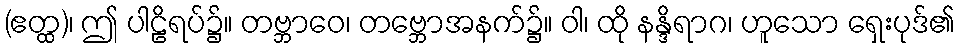
(ဧတ္ထ)၊ ဤ ပါဠိရပ်၌။ တဗ္ဘာဝေ၊ တဗ္ဘောအနက်၌။ ဝါ၊ ထို နန္ဒိရာဂ၊ ဟူသော ရှေးပုဒ်၏